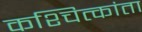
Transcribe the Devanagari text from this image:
कश्चित्कांता